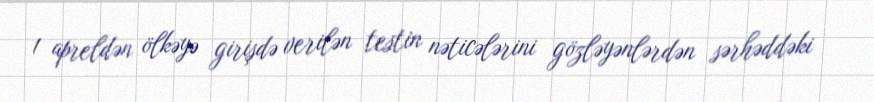
1 apreldən ölkəyə girişdə verilən testin nəticələrini gözləyənlərdən sərhəddəki